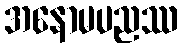
အနောမပညဿ